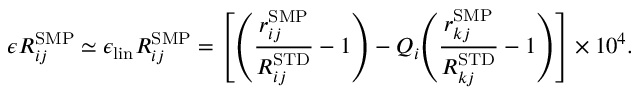
\epsilon R _ { i j } ^ { \mathrm { { S M P } } } \simeq \epsilon _ { \mathrm { l i n } } R _ { i j } ^ { \mathrm { { S M P } } } = { \left[ { \left( \frac { r _ { i j } ^ { \mathrm { { S M P } } } } { R _ { i j } ^ { \mathrm { { S T D } } } } - 1 \right) } - Q _ { i } { \left( \frac { r _ { k j } ^ { \mathrm { { S M P } } } } { R _ { k j } ^ { \mathrm { { S T D } } } } - 1 \right) } \right] } \times 1 0 ^ { 4 } .